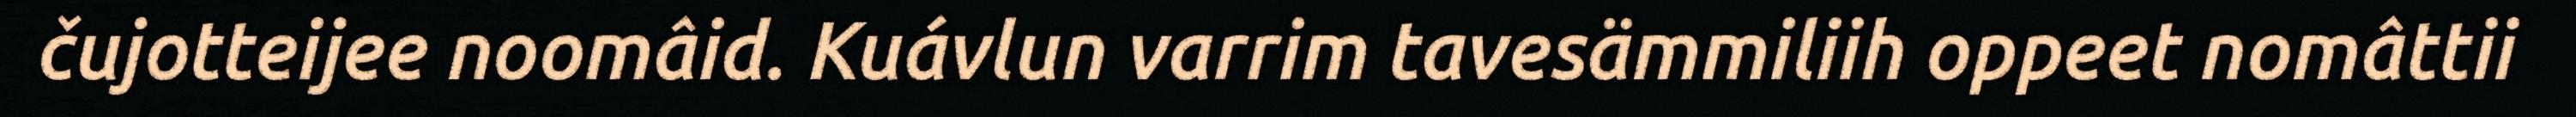
čujotteijee noomâid. Kuávlun varrim tavesämmiliih oppeet nomâttii